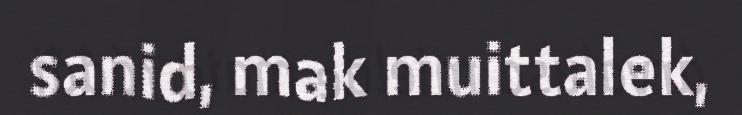
sanid, mak muittalek,